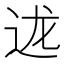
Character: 𮞇